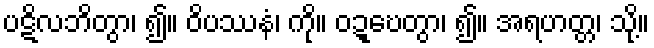
ပဋိလဘိတွာ၊ ၍။ ဝိပဿနံ၊ ကို။ ဝဍ္ဎေတွာ၊ ၍။ အရဟတ္တ၊ သို့။